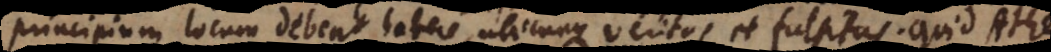
principium locum debeat habere, ubicunque veritas et falsitas. Quid Athe